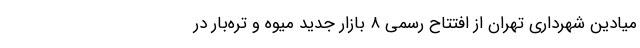
میادین شهرداری تهران از افتتاح رسمی ۸ بازار جدید میوه و تره‌بار در